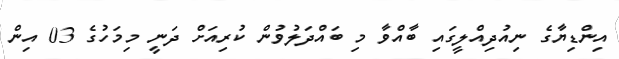
އިންޑިޔާގެ ނިއުދިއްލީގައި ބާއްވާ މި ބައްދަލުވުން ކުރިއަށް ދަނީ މިމަހުގެ 03 އިން